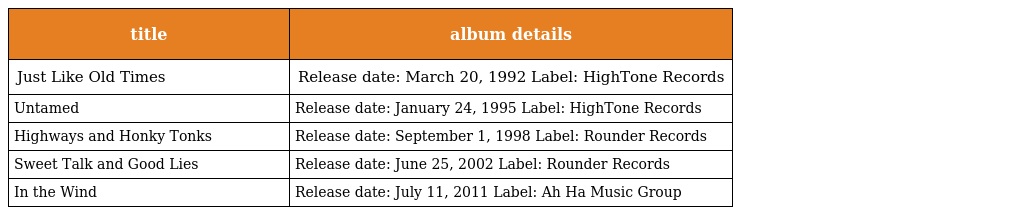
| title | album details |
 | --- | --- |
 | Just Like Old Times | Release date: March 20, 1992 Label: HighTone Records |
 | Untamed | Release date: January 24, 1995 Label: HighTone Records |
 | Highways and Honky Tonks | Release date: September 1, 1998 Label: Rounder Records |
 | Sweet Talk and Good Lies | Release date: June 25, 2002 Label: Rounder Records |
 | In the Wind | Release date: July 11, 2011 Label: Ah Ha Music Group |